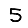
Digit: 5